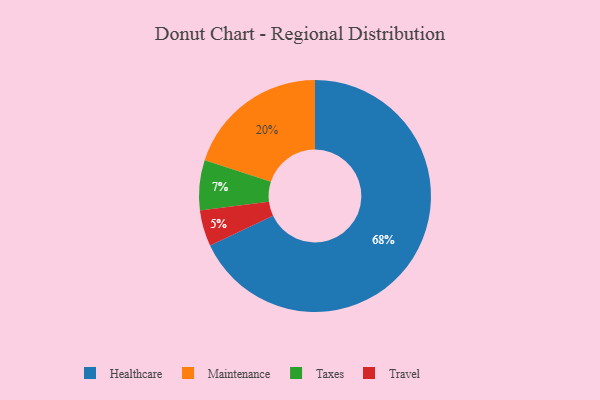
{"axis": {"x": "Category", "y": "Percentage"}, "legend": ["Healthcare", "Maintenance", "Taxes", "Travel"], "data": [{"x": "Healthcare", "y": 68, "type": "Healthcare"}, {"x": "Travel", "y": 5, "type": "Travel"}, {"x": "Taxes", "y": 7, "type": "Taxes"}, {"x": "Maintenance", "y": 20, "type": "Maintenance"}]}